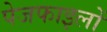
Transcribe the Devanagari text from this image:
पेजफाइलों